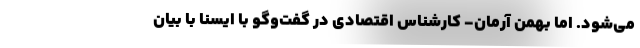
می‌شود. اما بهمن آرمان- کارشناس اقتصادی در گفت‌وگو با ایسنا با بیان